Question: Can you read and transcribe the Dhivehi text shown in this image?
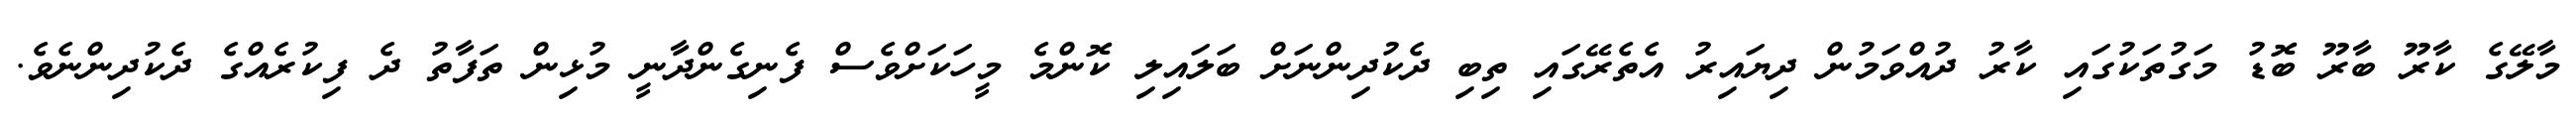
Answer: މާލޭގެ ކާރޫ ބާރޫ ބޮޑު މަގުތަކުގައި ކާރު ދުއްވަމުން ދިޔައިރު އެތެރޭގައި ތިބި ދެކުދިންނަށް ބަލައިލި ކޮންމެ މީހަކަށްވެސް ފެނިގެންދާނީ މުޅިން ތަފާތު ދެ ފިކުރެއްގެ ދެކުދިންނެވެ.